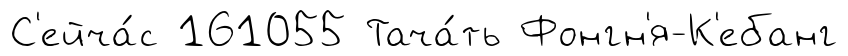
С'ейча́с 161055 Тача́ть Фонгн'я-К'ебанг